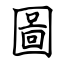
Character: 圖